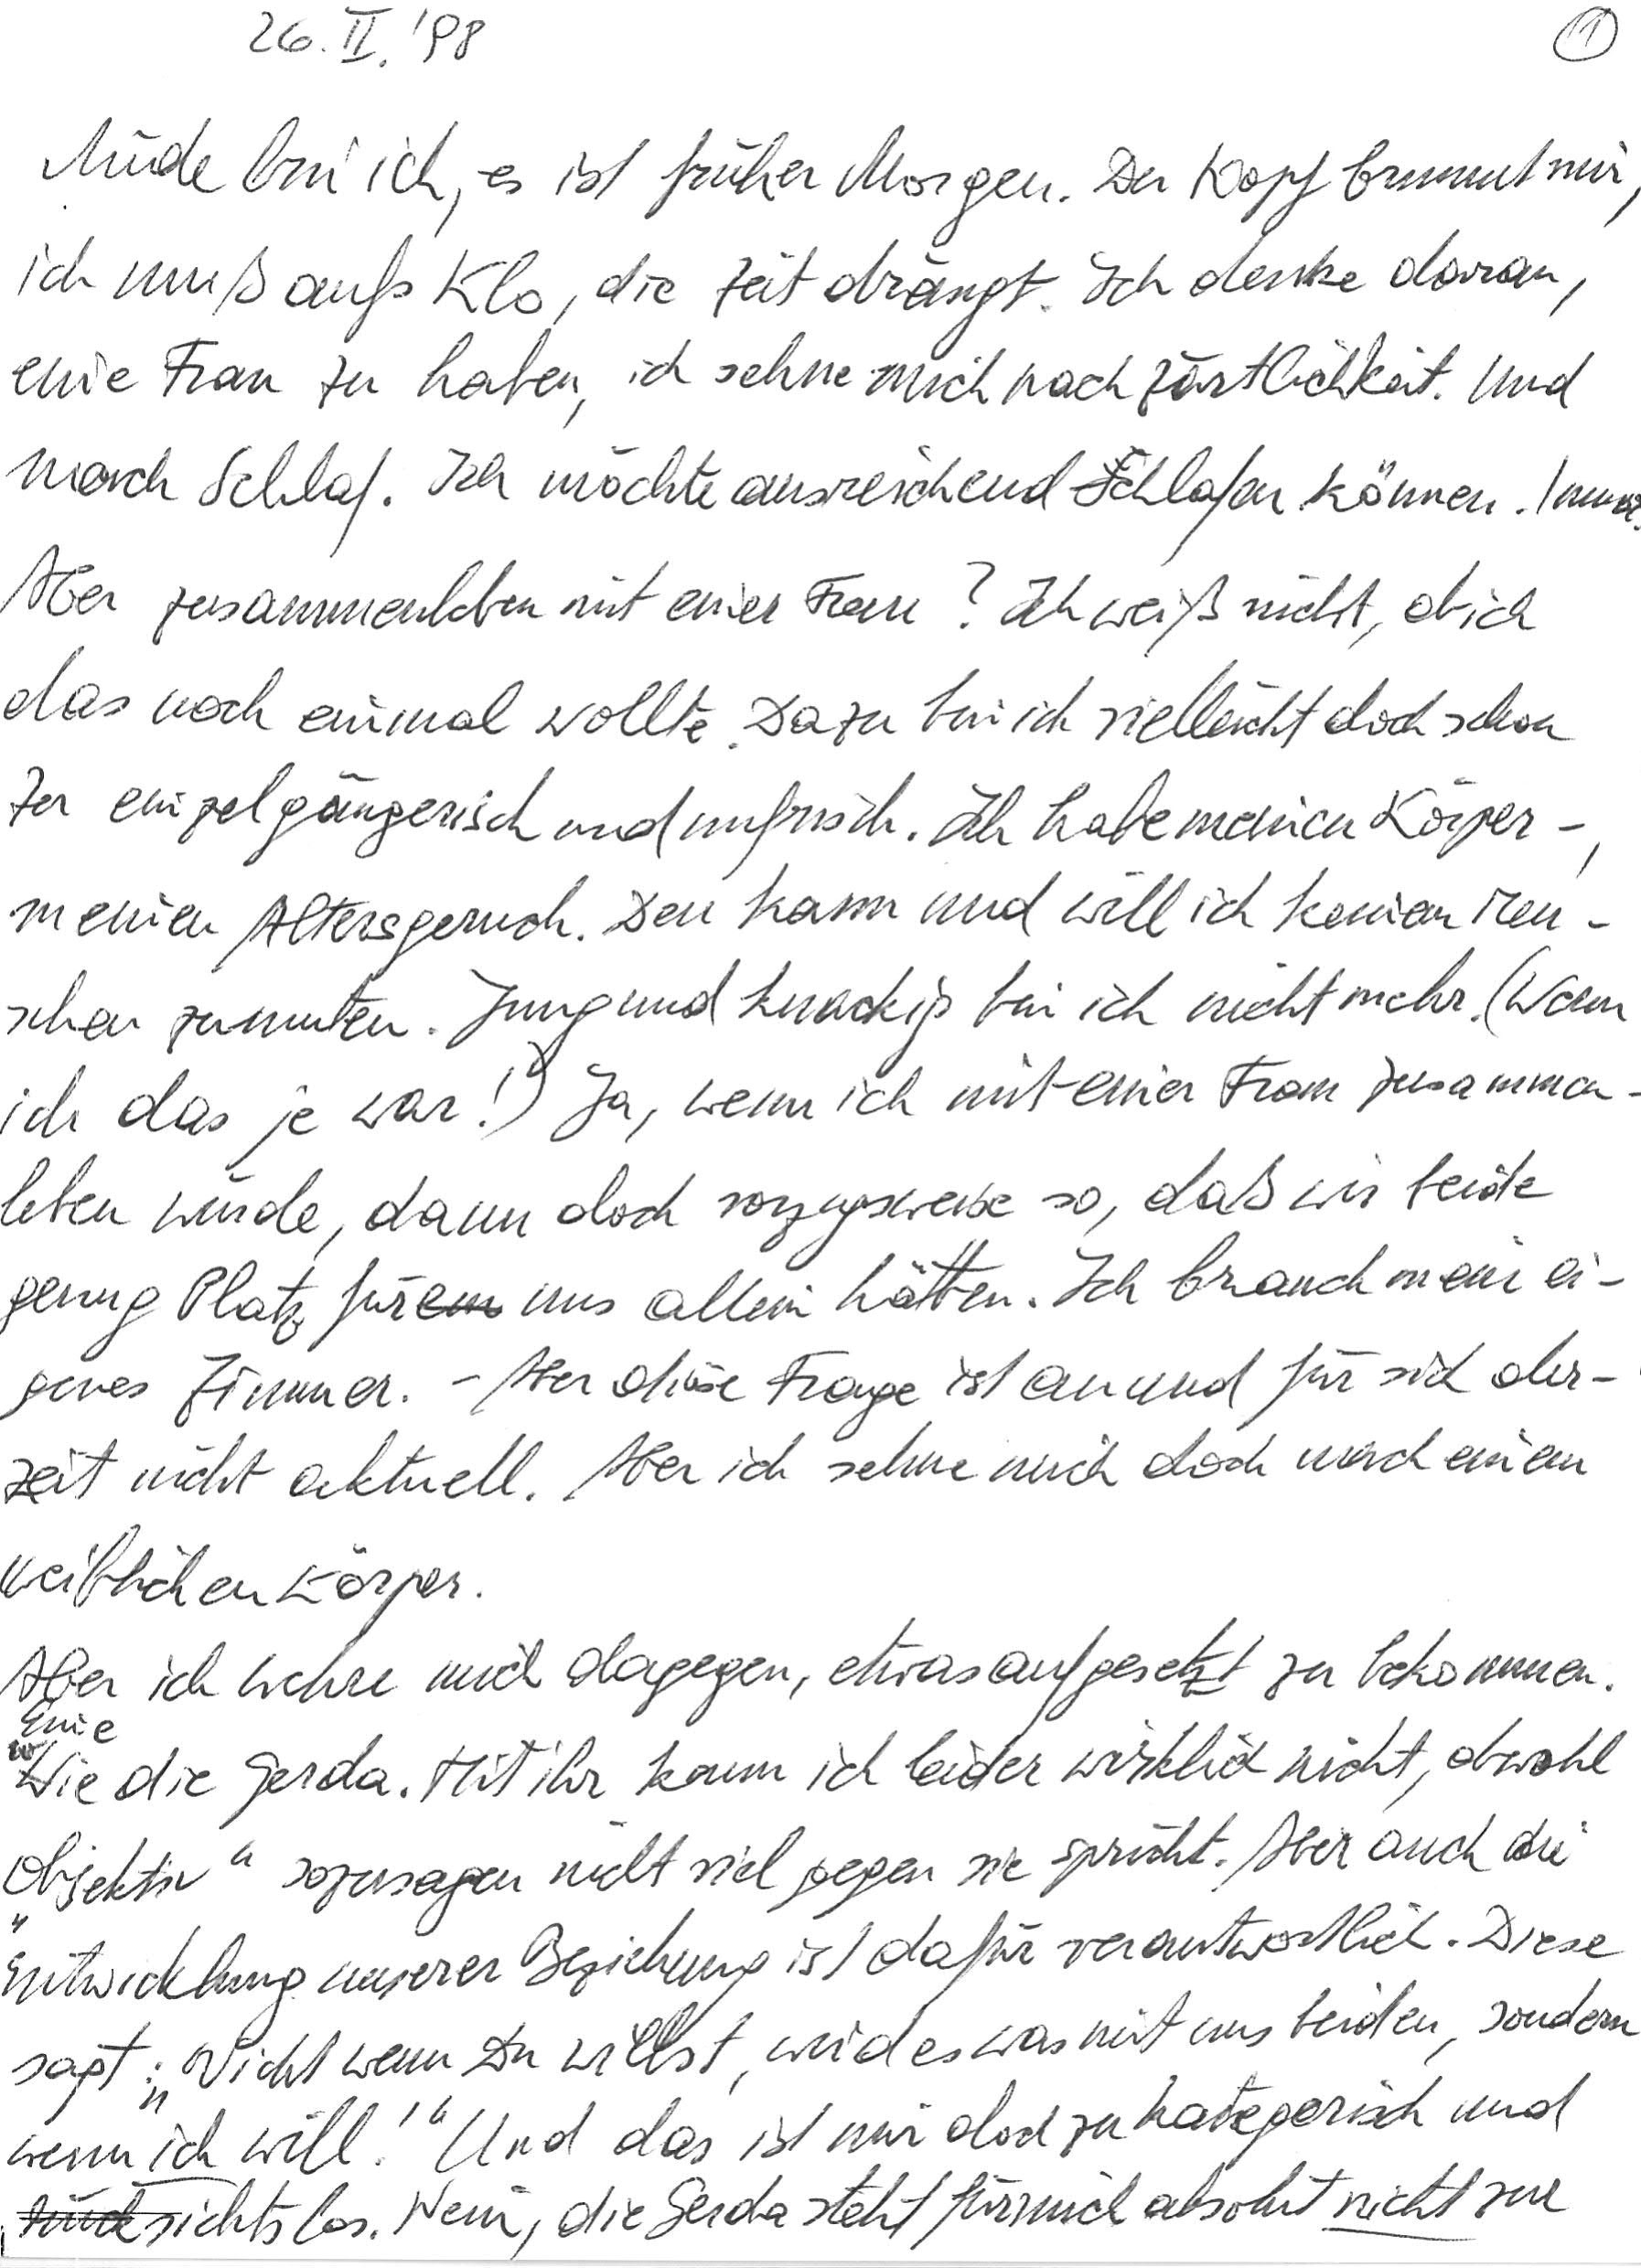
26. II. ‘98
Müde bin ich, es ist früher Morgen. Der Kopf brummt mir,
ich muß auf‘s Klo, die Zeit drängt. Ich denke daran,
eine Frau zu haben, ich sehne mich nach Zärtlichkeit. Und
nach Schlaf. Ich möchte ausreichend schlafen können. Immer.
Aber zusammenleben mit einer Frau? Ich weiß nicht, ob ich
das noch einmal wollte. Dazu bin ich vielleicht doch schon
zu einzelgängerisch und unfrisch. Ich habe meinen Körper-,
meinen Altersgeruch. Den kann und will ich keinem Men-
schen zumuten. Jung und knackig bin ich nicht mehr. (Wenn
ich das je war!) Ja, wenn ich mit einer Frau zusammen-
leben würde, dann doch vorzugsweise so, daß wir beide
genug Platz für uns allein hätten. Ich brauch mein ei-
genes Zimmer. – Aber diese Frage ist an und für sich der-
zeit nicht aktuell. Aber ich sehne mich doch nach einem
weiblichen Körper.
Aber ich wehre mich dagegen, etwas aufgesetzt zu bekommen.
Eine wie die Gerda. Mit ihr kann ich leider wirklich nicht, obwohl
„objektiv“ sozusagen nicht viel gegen sie spricht. Aber auch die
Entwicklung unserer Beziehung ist dafür verantwortlich. Diese
sagt: „Nicht wenn Du willst, wird es was mit uns beiden, sondern
wenn ich will!“ Und das ist mir doch zu kategorisch und
rücksichtslos. Nein, die Gerda steht für mich absolut nicht zur